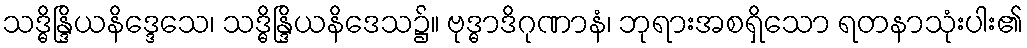
သဒ္ဓိန္ဒြိယနိဒ္ဒေသေ၊ သဒ္ဓိန္ဒြိယနိဒေသ၌။ ဗုဒ္ဓာဒိဂုဏာနံ၊ ဘုရားအစရှိသော ရတနာသုံးပါး၏